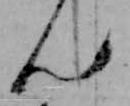
ん